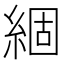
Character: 𮈗